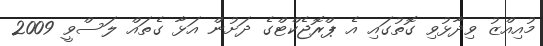
މުއިއްޒު ވިދާޅުވި ގޮތުގައި އެ ޕްރޮޖެކްޓްގެ ދަށުން އަޅާ ގެތައް ލަސްވީ 2009